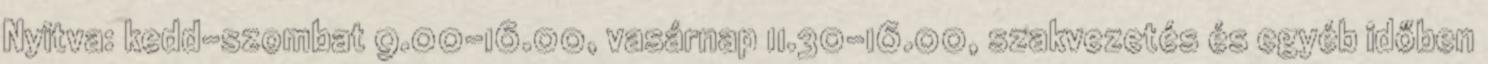
Nyitva: kedd-szombat 9.00-16.00, vasárnap 11.30-16.00, szakvezetés és egyéb időben